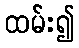
ထမ်း၍